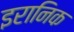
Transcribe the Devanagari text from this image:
इरानिक